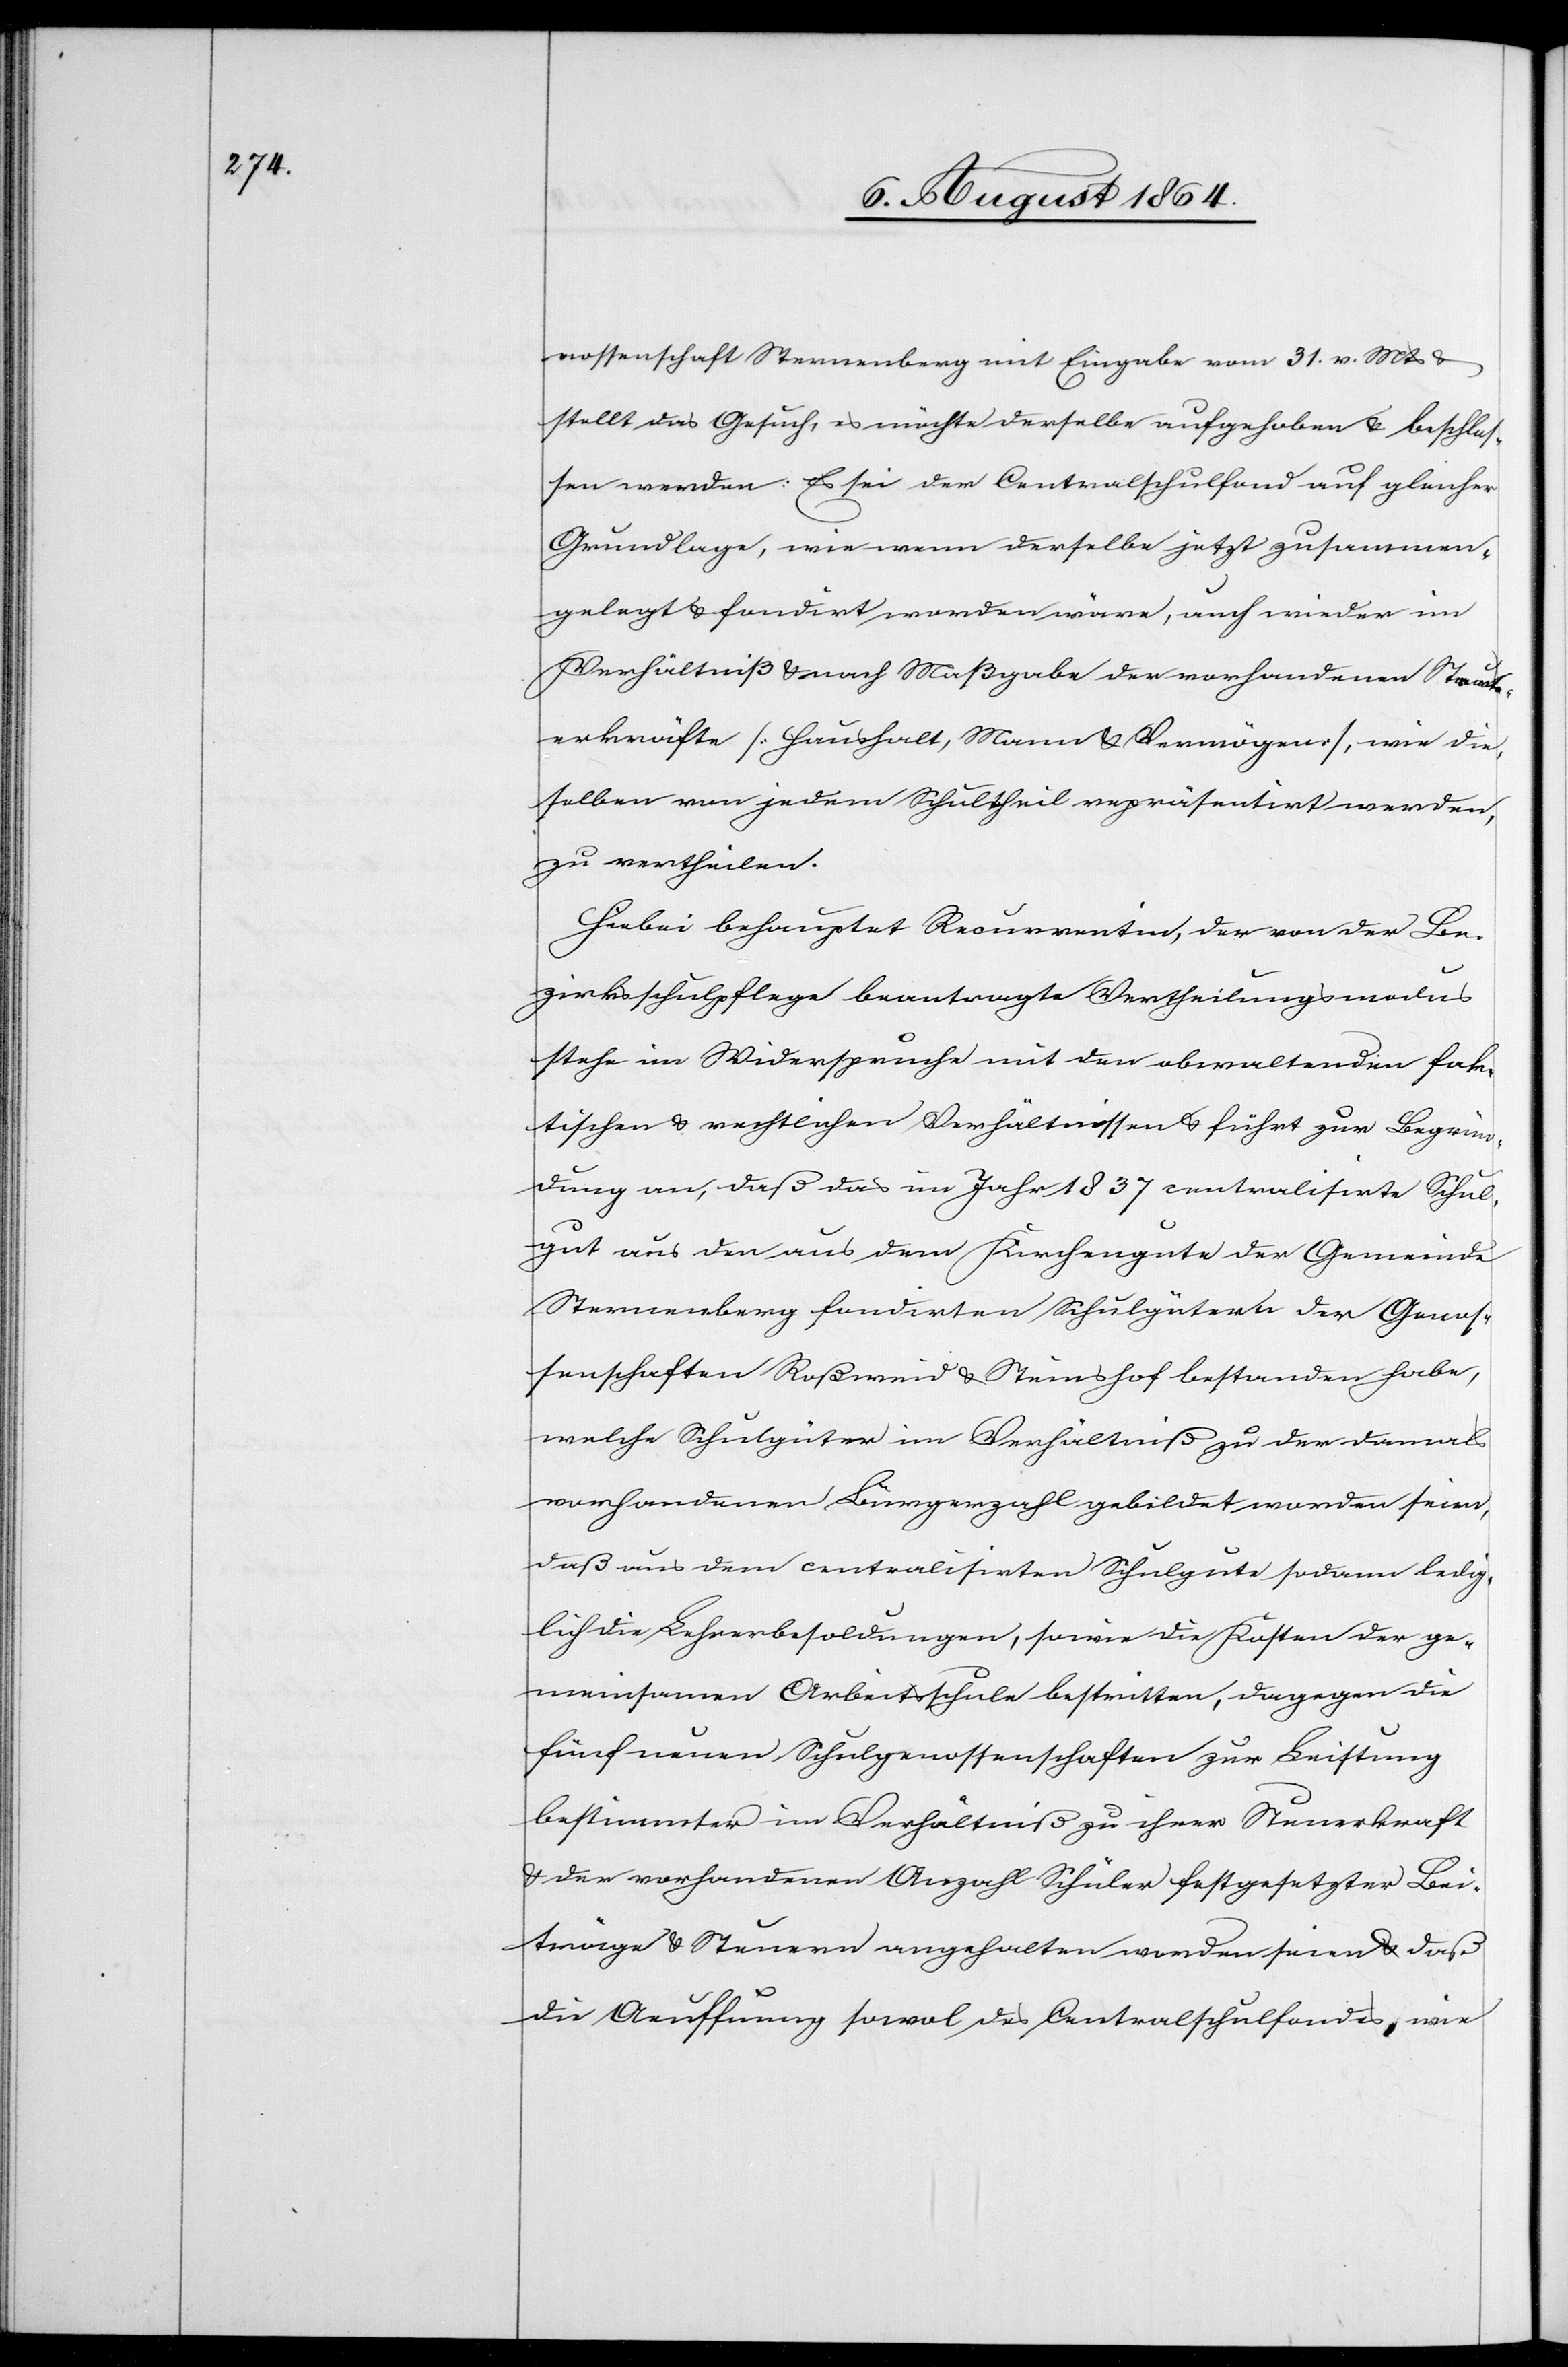
nossenschaft Sternenberg mit Eingabe vom 31. v. Mts. &
stellt das Gesuch, es möchte derselbe aufgehoben & beschlos¬
sen werden: Es sei der Centralschulfond auf gleicher
Grundlage, wie wenn derselbe jetzt zusammen¬
gelegt & fondirt worden wäre, auch wieder im
Verhältniß & nach Maßgabe der vorhandenen Steu¬
erkräfte [Haushalt, Mann & Vermögen], wie die¬
selben von jedem Schultheil repräsentirt werden,
zu vertheilen.
Hiebei behauptet Recurrentin, der von der Be¬
zirksschulpflege beantragte Vertheilungsmodus
stehe im Widerspruche mit den obwaltenden fak¬
tischen & rechtlichen Verhältnissen & führt zur Begrün¬
dung an, daß das im Jahr 1837 centralisirte Schul¬
gut aus den aus dem Kirchengute der Gemeinde
Sternenberg fondirten Schulgütern der Genos¬
senschaften Roßweid & Steinshof bestanden habe,
welche Schulgüter im Verhältniß zu der damals
vorhandenen Bürgerzahl gebildet worden seien,
daß aus dem centralisirten Schulgute sodann ledig¬
lich die Lehrerbesoldungen, sowie die Kosten der ge¬
meinsamen Arbeitsschule bestritten, dagegen die
fünf neuen Schulgenossenschaften zur Leistung
bestimmter im Verhältniß zu ihrer Steuerkraft
& der vorhandenen Anzahl Schüler festgesetzter Bei¬
träge & Steuern angehalten worden seien & daß
die Aeuffnung sowol des Centralschulfondes, wie